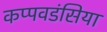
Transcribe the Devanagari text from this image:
कप्पवडंसिया